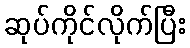
ဆုပ်ကိုင်လိုက်ပြီး